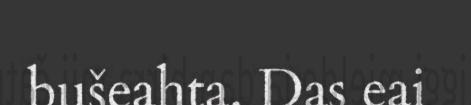
bušeahta. Das eai